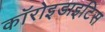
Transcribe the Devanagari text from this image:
कॉरोइडाइटिस